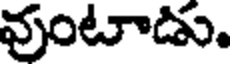
వుంటాడు.